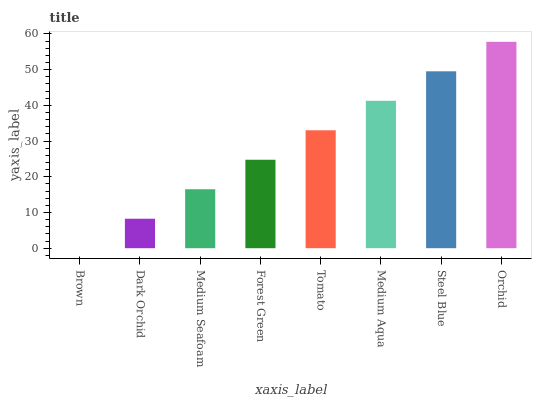
| xaxis_label | bars |
 | --- | --- |
 | Brown | 0 |
 | Dark Orchid | 8.26 |
 | Medium Seafoam | 16.5 |
 | Forest Green | 24.8 |
 | Tomato | 33 |
 | Medium Aqua | 41.3 |
 | Steel Blue | 49.5 |
 | Orchid | 57.8 |